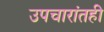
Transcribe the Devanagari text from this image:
उपचारांतही